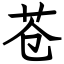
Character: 苍